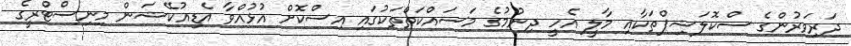
ދަރިވަރުންގެ ސްކޮލަޝިޕްތަކާއި މާލީ އެހީ ދިނުމުގެ މަސައްކަތްތަކުގައި އިސްކޮށް އުޅުއްވާ އެޑިއުކޭޝަން މިނިސްޓްރީގެ